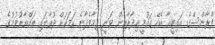
ފްރާންސްގެ އައިޓީއާ ބެހޭ ގައުމީ އިދާރާއިން ވަނީ ދިމާވެދާނެ ކަމަކަށް ދުރާލައި ތައްޔާރުވުމުގެ